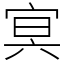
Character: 㝠